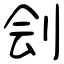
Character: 刽